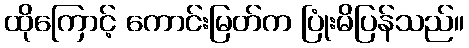
ထိုကြောင့် ကောင်းမြတ်က ပြုံးမိပြန်သည်။